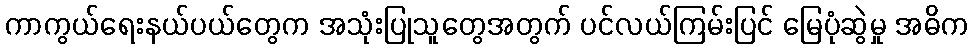
ကာကွယ်ရေးနယ်ပယ်တွေက အသုံးပြုသူတွေအတွက် ပင်လယ်ကြမ်းပြင် မြေပုံဆွဲမှု အဓိက